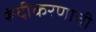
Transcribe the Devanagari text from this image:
रूंदीकरणाची